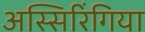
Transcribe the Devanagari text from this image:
अस्सिरिंगिया